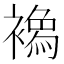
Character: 𧝌